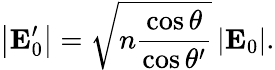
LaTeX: \left\vert\mathbf{E}_{0}^{\prime}\right\vert=\sqrt{n\frac{\cos\theta}{\cos\theta^{\prime}}}\left\vert\mathbf{E}_{0}\right\vert.